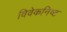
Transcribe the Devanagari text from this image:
विवेकनिष्ट